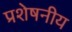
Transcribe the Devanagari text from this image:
प्रशेषनीय